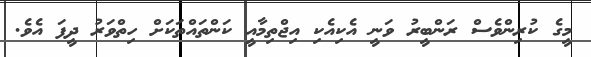
މީގެ ކުރިންވެސް ރަންބީރު ވަނީ އެކިއެކި އިޖްތިމާއީ ކަންތައްތަކަށް ހިތްވަރު ދީފަ އެވެ.